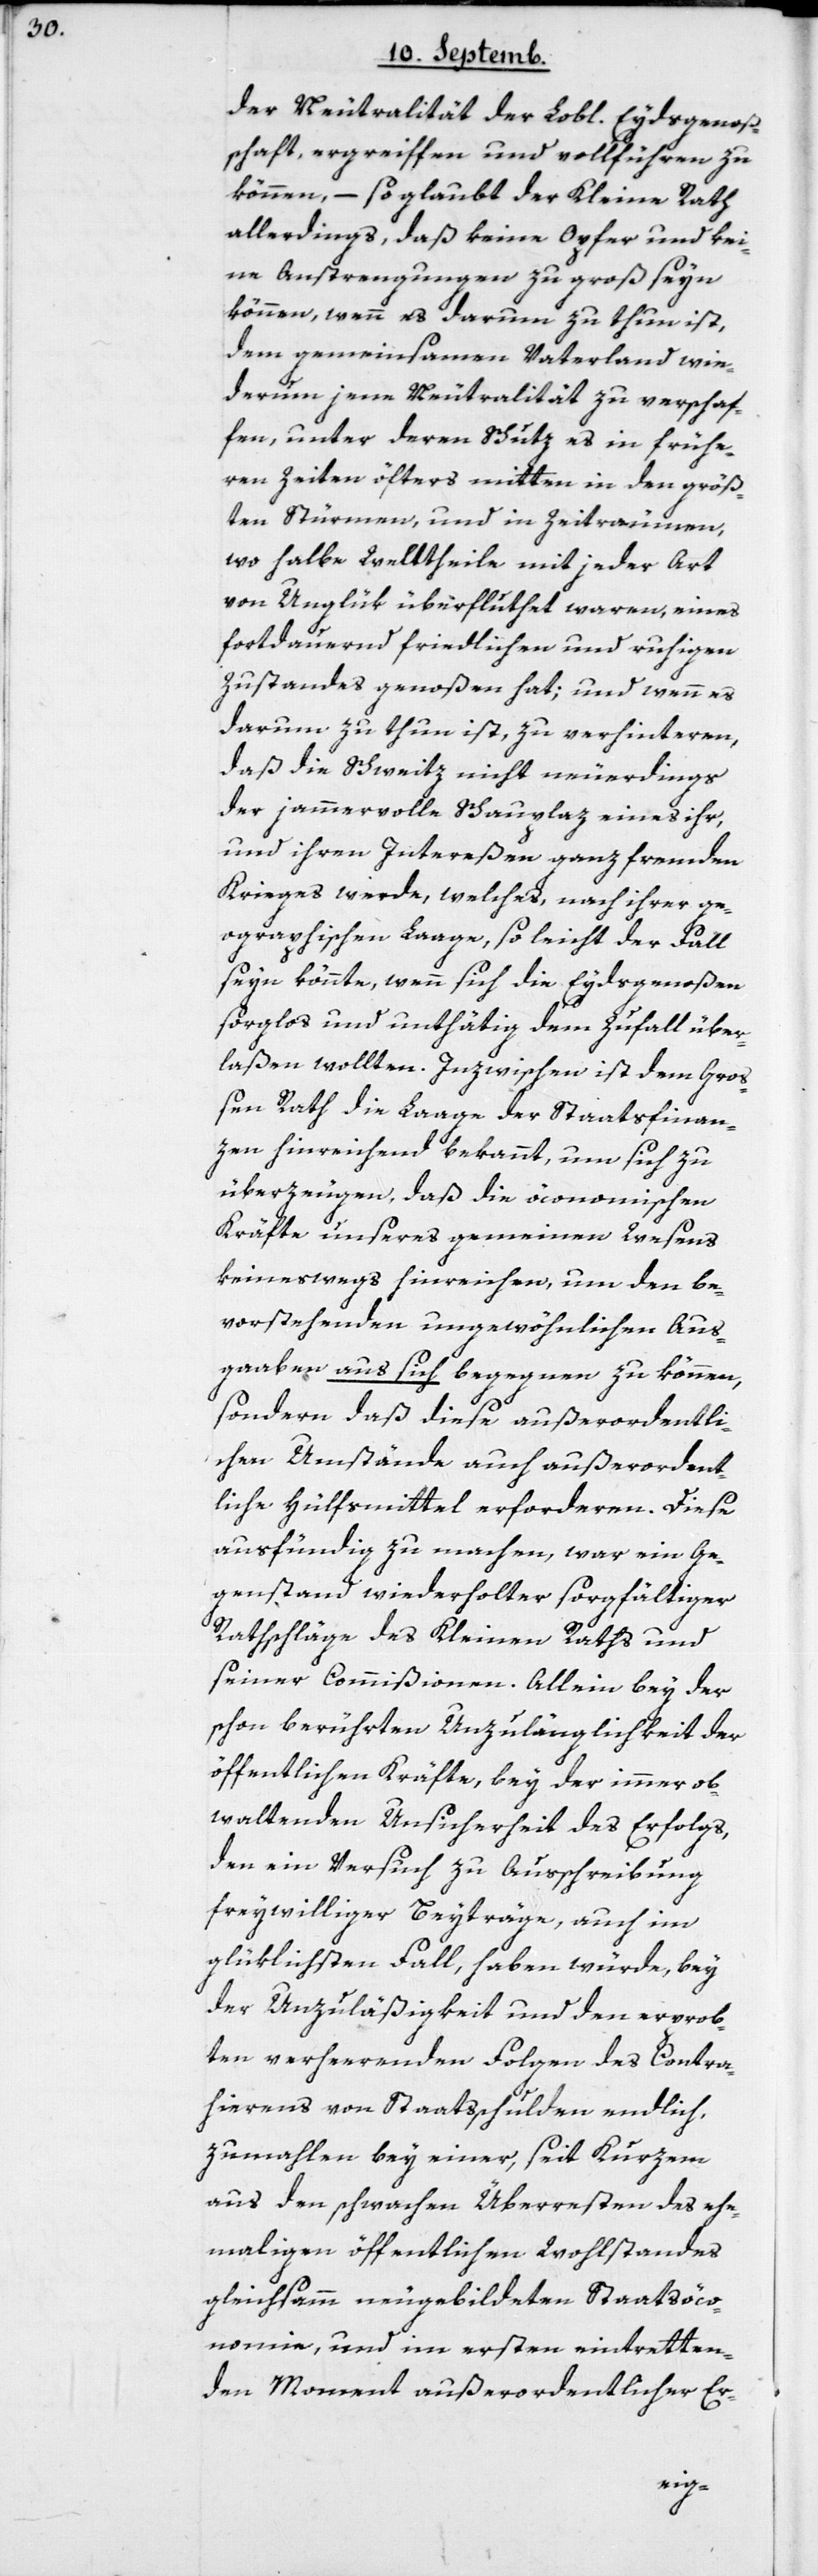
der Neutralität der Lobl. Eydsgenoßen¬
schaft, ergreiffen und vollführen zu
können, – so glaubt der Kleine Rath
allerdings, daß keine Opfer und kei¬
ne Anstrengungen zu groß seyn
können, wenn es darum zu thun ist,
dem gemeinsamen Vaterland wie¬
derum jene Neutralität zu verschaf¬
fen, unter deren Schutz es in frühe¬
ren Zeiten öfters mitten in den größ¬
ten Stürmen, und in Zeiträumen,
wo halbe Welttheile mit jeder Art
von Unglük überfluthet waren, eines
fortdauernd friedlichen und ruhigen
Zustandes genoßen hat; und wenn es
darum zu thun ist, zu verhinteren,
daß die Schweitz nicht neuerdings
der jammervolle Schauplaz eines ihr,
und ihren Intereßen ganz fremden
Krieges werde, welches, nach ihrer ge¬
ographischen Laage, so leicht der Fall
seyn könnte, wenn sich die Eydsgenoßen
sorglos und unthätig dem Zufall über¬
laßen wollten. Inzwischen ist dem Gro¬
ßen Rath die Laage der Staatsfinan¬
zen hinreichend bekannt, um sich zu
überzeugen, daß die öconomischen
Kräfte unseres gemeinen Wesens
keineswegs hinreichen, um den be¬
vorstehenden ungewöhnlichen Aus¬
gaaben aus sich begegnen zu können,
sondern daß diese außerordentli¬
chen Umstände auch außerordent¬
liche Hülfsmittel erforderen. Diese
ausfündig zu machen, war ein Ge¬
genstand wiederholter sorgfältiger
Rathschläge des Kleinen Raths und
seiner Commißionen. Allein bey der
schon berührten Unzulänglichkeit der
öffentlichen Kräfte, bey der immer ob¬
waltenden Unsicherheit des Erfolgs,
den ein Versuch zu Ausschreibung
freywilliger Beyträge, auch im
glüklichsten Fall, haben würde, bey
der Unzuläßigkeit und den erprob¬
ten verheerenden Folgen des Contra¬
hierens von Staatsschulden endlich,
zumahlen bey einer, seit kurzem
aus den schwachen Überresten des ehe¬
mahligen öffentlichen Wohlstandes
gleichsamm neu gebildeten Staatsöco¬
nomie, und im ersten eintretten¬
den Moment außerordentlicher Er-